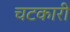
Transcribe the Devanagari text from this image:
चटकारी